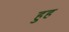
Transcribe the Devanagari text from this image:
हुह